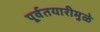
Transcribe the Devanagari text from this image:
पूर्वतयारीमुळे